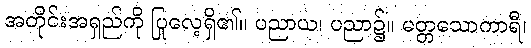
အတိုင်းအရှည်ကို ပြုလေ့ရှိ၏။ ပညာယ၊ ပညာ၌။ မတ္တသောကာရီ၊